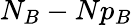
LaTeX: N_{B}-Np_{B}